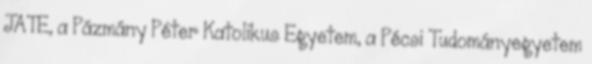
JATE, a Pázmány Péter Katolikus Egyetem, a Pécsi Tudományegyetem